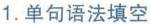
1.单句语法填空